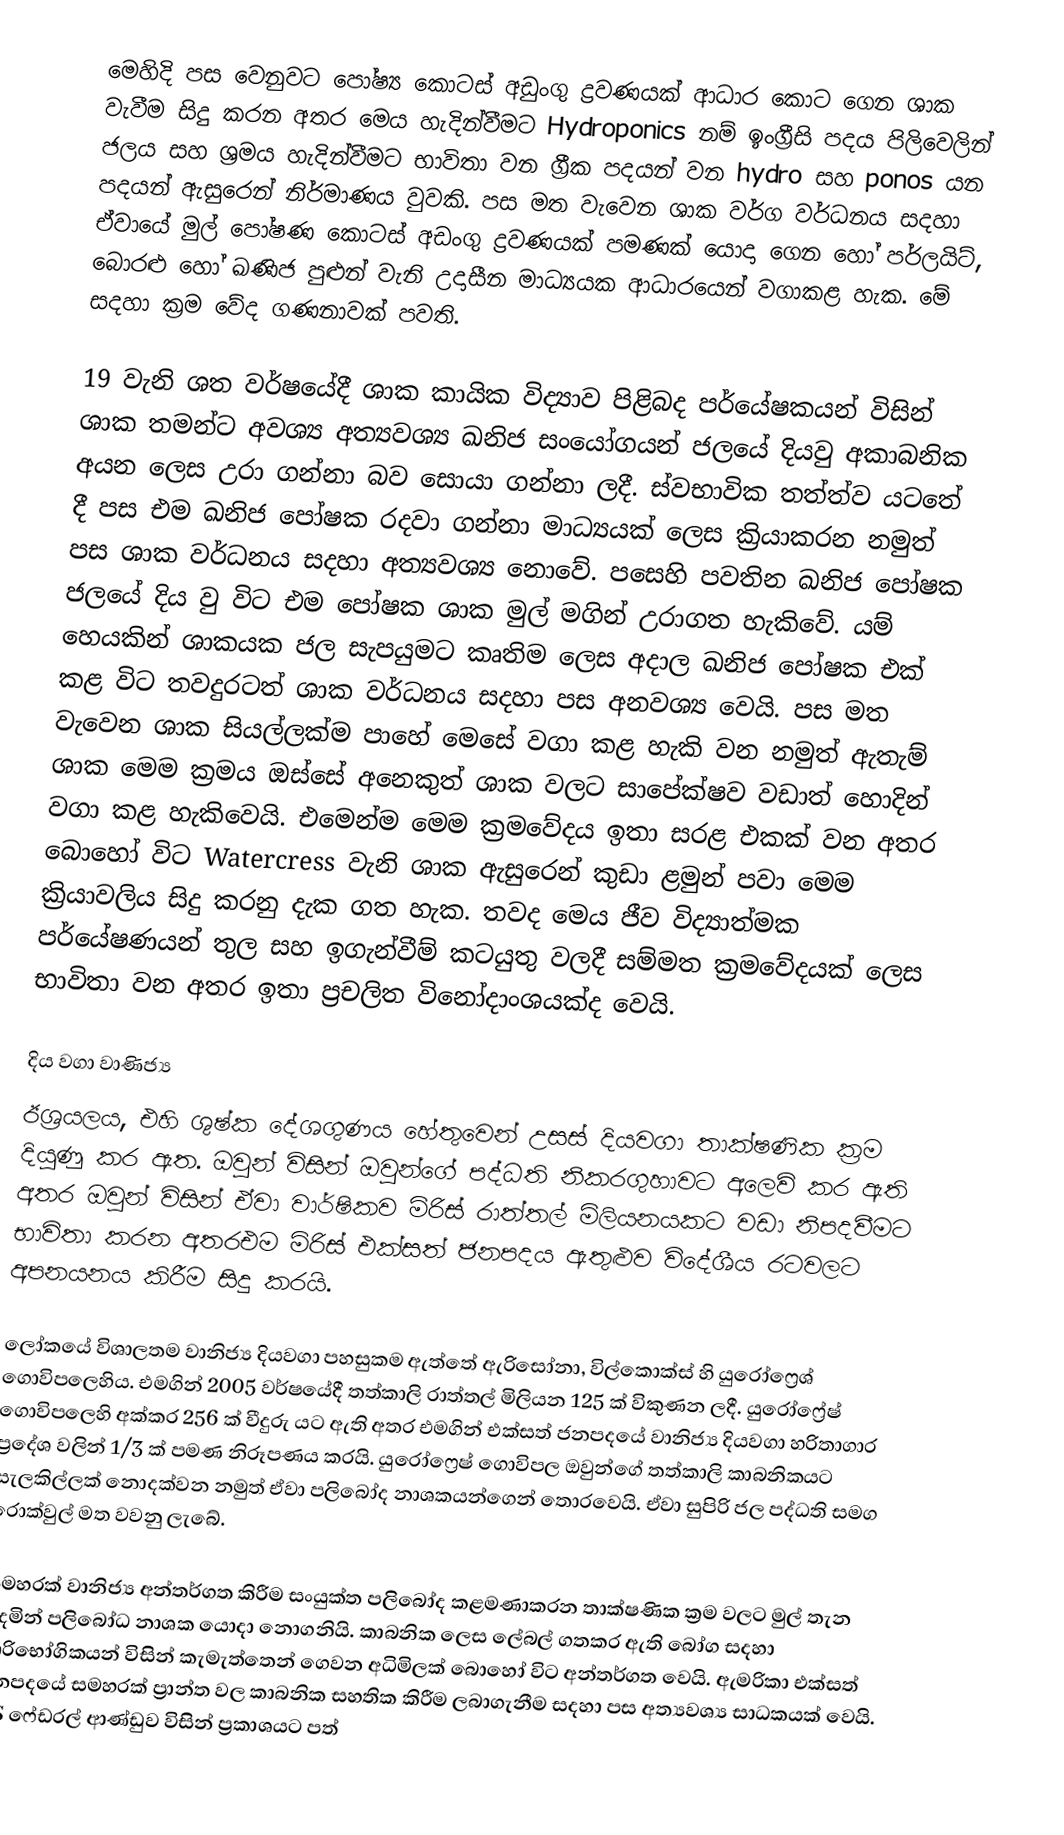
මෙහිදි පස වෙනුවට පෝෂ්‍ය කොටස් අඩුංගු ද්‍රවණයක් ආධාර කොට ගෙන ශාක වැවීම සිදු කරන අතර මෙය හැදින්වීම‍ට Hydroponics නම් ඉංග්‍රීසි පදය පිලිවෙලින් ජලය සහ ශ්‍රමය හැදින්වීමට භාවිතා වන ග්‍රීක පදයන් වන hydro සහ ponos යන පදයන් ඇසුරෙන් නිර්මාණය වුවකි. පස මත වැවෙන ශාක වර්ග වර්ධනය සදහා ඒවායේ මුල් පෝෂණ කොටස් අඩංගු ද්‍රවණයක් පමණක් යොදා ගෙන හෝ පර්ලයිට්, බොරළු හෝ ඛණිජ පුළුන් වැනි උදාසීන මාධ්‍යයක ආධාරයෙන් වගාකළ හැක. මේ සදහා ක්‍රම වේද ගණනාවක් පවති.

19 වැනි ශත වර්ෂයේදී ශාක කායික විද්‍යාව පිළිබද පර්යේෂකයන් විසින් ශාක තමන්ට අවශ්‍ය අත්‍යවශ්‍ය ඛනිජ සංයෝගයන් ජලයේ දියවු අකාබනික අයන ලෙස උරා ගන්නා බව සොයා ගන්නා ලදී. ස්වභාවික තත්ත්ව යටතේ දී පස එම ඛනිජ පෝෂක රදවා ගන්නා මාධ්‍යයක් ලෙස ක්‍රියාකරන නමුත් පස ශාක වර්ධනය සදහා අත්‍යවශ්‍ය නොවේ. පසෙහි පවතින ඛනිජ පෝෂක ජලයේ දිය වු විට එම පෝෂක ශාක මුල් මගින් උරාගත හැකිවේ. යම් හෙයකින් ශාකයක ජල සැපයුමට කෘතිම ලෙස අදාල ඛනිජ පෝෂක එක් කළ විට තවදුරටත් ශාක වර්ධනය සදහා පස අනවශ්‍ය වෙයි. පස මත වැවෙන ශාක සියල්ලක්ම පාහේ මෙසේ වගා කළ හැකි වන නමුත් ඇතැම් ශාක මෙම ක්‍රමය ඔස්සේ අනෙකුත් ශාක වලට සාපේක්ෂව වඩාත් හොදින් වගා කළ හැකිවෙයි.  එමෙන්ම මෙම ක්‍රමවේදය ඉතා සරළ එකක් වන අතර බොහෝ විට Watercress වැනි ශාක ඇසුරෙන් කුඩා ළමුන් පවා මෙම ක්‍රියාවලිය සිදු කරනු දැක ගත හැක. තවද මෙය ජීව විද්‍යාත්මක පර්යේෂණයන් තුල සහ ඉගැන්වීම් කටයුතු වලදී සම්මත ක්‍රමවේදයක් ලෙස භාවිතා වන අතර ඉතා ප්‍රචලිත විනෝදාංශයක්ද වෙයි.

දිය වගා වාණිජ්‍ය
ඊශ්‍රයලය, එහි ශුෂ්ක දේශගුණය හේතුවෙන් උසස් දියවගා තාක්ෂණික ක්‍රම දියුණු කර ඇත. ඔවුන් විසින් ඔවුන්ගේ පද්ධති නිකරගුහාවට අලෙවි කර ඇති අතර ඔවුන් විසින් ඒවා වාර්ෂිකව මිරිස් රාත්තල් මිලියනයකට වඩා නිපදවීමට භාවිතා කරන අතර‍එම මිරිස් එක්සත් ජනපදය ඇතුළුව විදේශීය රටවලට අපනයනය කිරීම සිදු කරයි.

ලෝකයේ විශාලතම වානිජ්‍ය දියවගා පහසුකම ඇත්තේ ඇරිසෝනා, විල්කොක්ස් හි යුරෝෆ්‍රෙශ් ගොවිපලෙහිය. එමගින් 2005 වර්ෂයේදී තත්කාලි රාත්තල් මිලියන 125 ක් විකුණන ලදී. යුරෝෆ්‍රේෂ් ගොවිපලෙහි අක්කර 256 ක් වීදුරු යට ඇති අතර එමගින් එක්සත් ජනපදයේ වානිජ්‍ය දියවගා හරිතාගාර ප්‍රදේශ වලින් 1/3 ක් පමණ නිරූපණය කරයි. යුරෝෆ්‍රෙෂ් ගොවිපල ඔවුන්ගේ තත්කාලි කාබනිකයට සැලකිල්ලක් නොදක්වන නමුත් ඒවා පලිබෝද නාශකයන්ගෙන් තොරවෙයි. ඒවා සුපිරි ජල පද්ධති සමග රොක්වුල් මත වවනු ලැබේ.

සමහරක් වානිජ්‍ය අන්තර්ගත කිරීම සංයුක්ත පලිබෝද කළමණාකරන තාක්ෂණික ක්‍රම වලට මුල් තැන දෙමින් පලිබෝධ නාශක යොදා නොගනියි. කාබනික ලෙස ලේබල් ගතකර ඇති බෝග සදහා පාරිභෝගිකයන් විසින් කැමැත්තෙන් ගෙවන අධිමිලක් බොහෝ විට අන්තර්ගත වෙයි. ඇමරිකා එක්සත් ජනපදයේ සමහරක් ප්‍රාන්ත වල කාබනික සහතික කිරීම ලබාගැනීම සදහා පස අත්‍යවශ්‍ය සාධකයක් වෙයි. US ෆේඩරල් ආණ්ඩුව විසින් ප්‍රකාශයට පත්